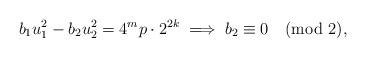
LaTeX: \begin{align*} b_{1}u_{1}^{2} - b_{2}u_{2}^{2} = 4^{m}p\cdot 2^{2k} \implies b_{2} \equiv 0 \pmod 2,\end{align*}